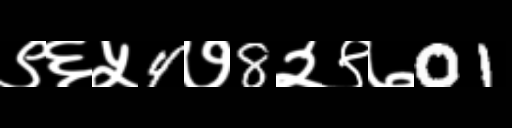
Text: ९६५4७8२९७01